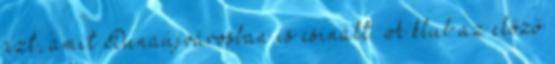
azt, amit Dunaújvárosban is csinált. A klub az előző